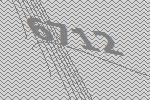
6712